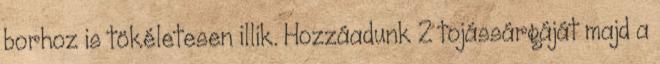
borhoz is tökéletesen illik. Hozzáadunk 2 tojássárgáját majd a